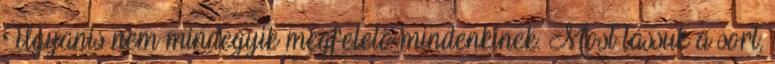
Ugyanis nem mindegyik megfelelő mindenkinek. Most lássuk a sort,